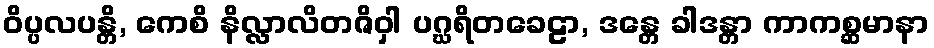
ဝိပ္ပလပန္တိ, ကေစိ နိလ္လာလိတဇိဝှါ ပဂ္ဃရိတခေဠာ, ဒန္တေ ခါဒန္တာ ကာကစ္ဆမာနာ